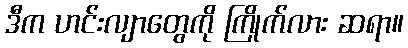
ဒီက ဟင်းလျာတွေကို ကြိုက်လား ဆရာ။